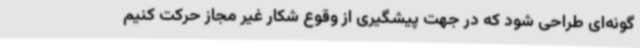
گونه‌ای طراحی شود که در جهت پیشگیری از وقوع شکار غیر مجاز حرکت کنیم